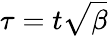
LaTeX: \tau=t\sqrt{\beta}